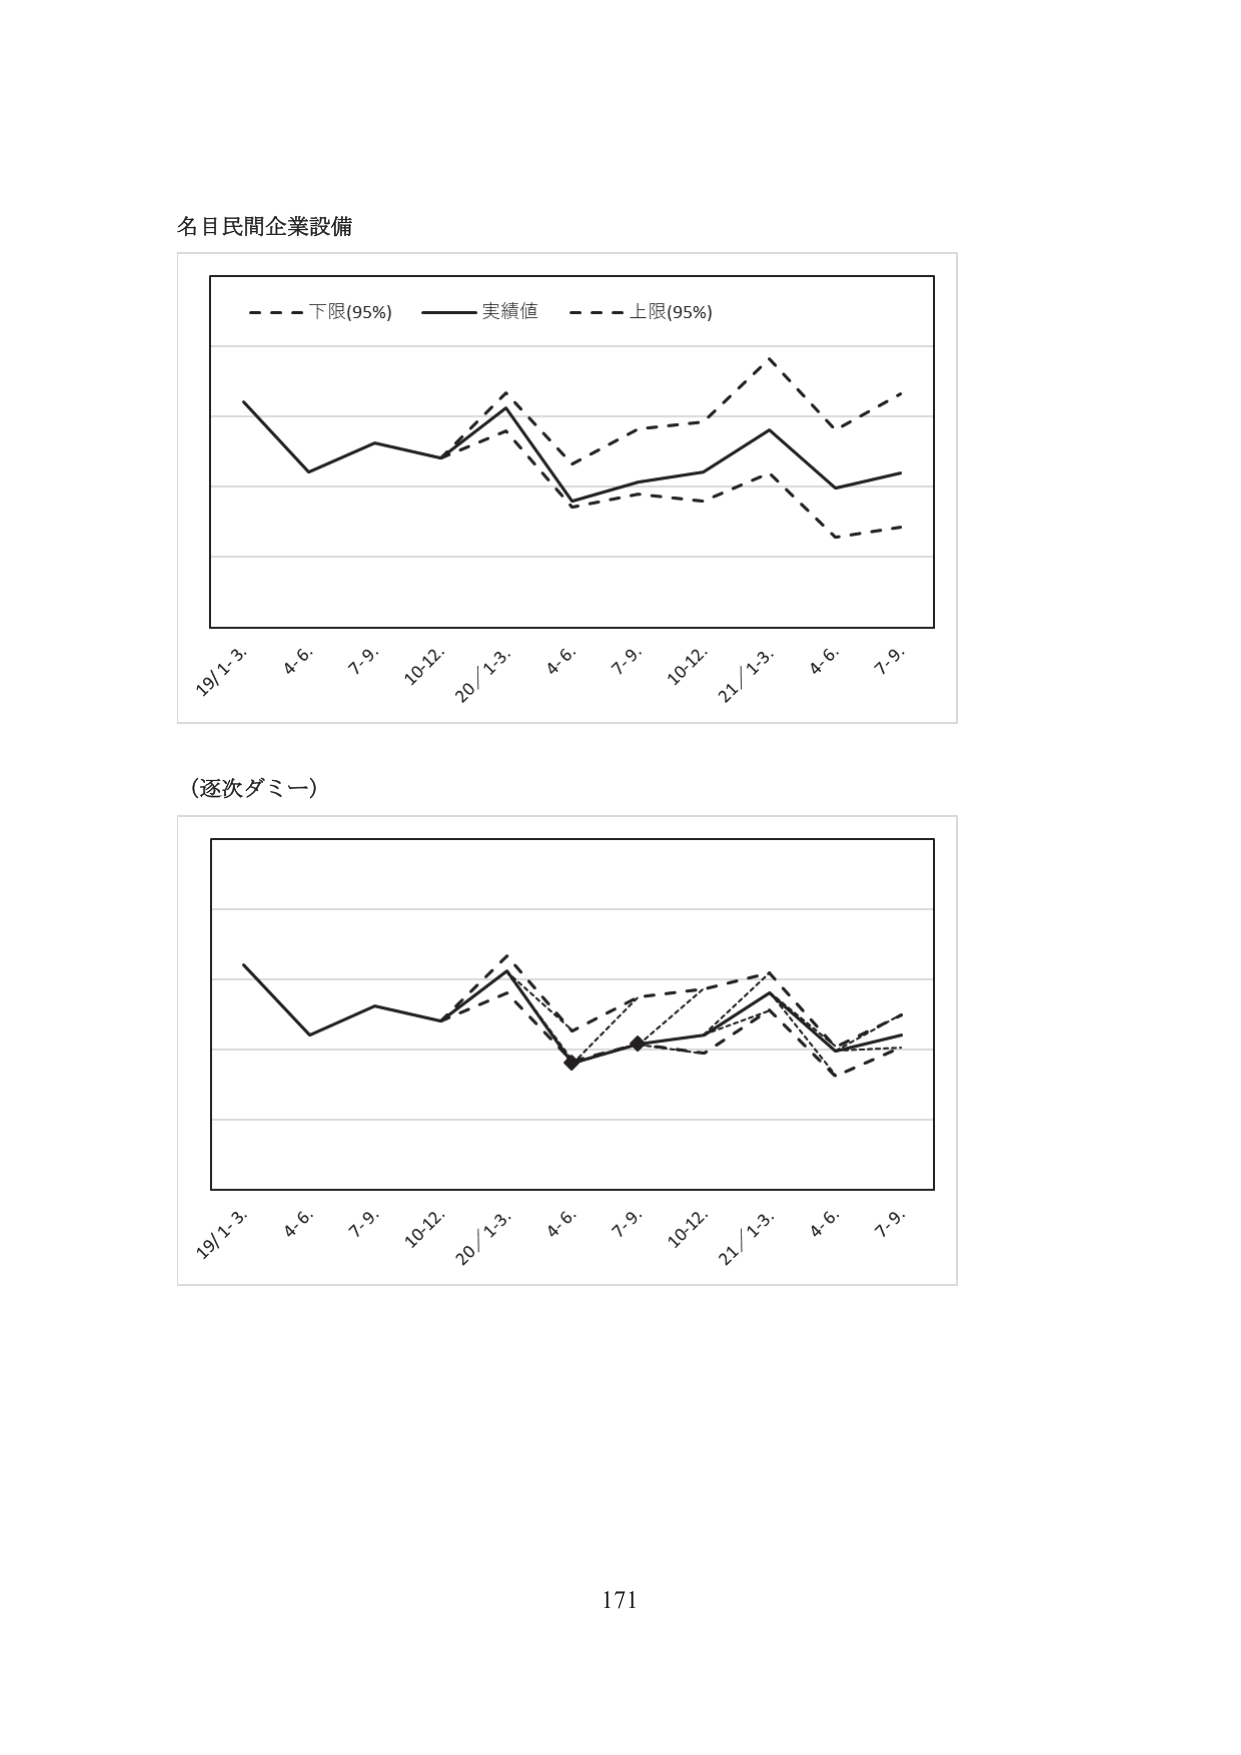
名目民間企業設備

- - - 下限(95%)  —— 実績値  - - - 上限(95%)

19/1-3.  4-6.  7-9.  10-12.  20/1-3.  4-6.  7-9.  10-12.  21/1-3.  4-6.  7-9.

(逐次ダミー)

19/1-3.  4-6.  7-9.  10-12.  20/1-3.  4-6.  7-9.  10-12.  21/1-3.  4-6.  7-9.

171